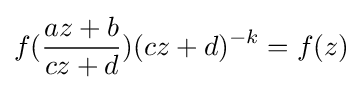
f({\frac {az+b}{cz+d}})(cz+d)^{-k}=f(z)